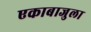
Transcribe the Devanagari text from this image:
एकाबाजुला